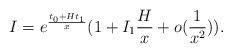
\begin{align*}I= e^\frac{t_0 + H t_1}{x}(1+I_1 \frac{H}{x} + o(\frac{1}{x^2})).\end{align*}